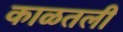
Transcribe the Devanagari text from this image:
काळतली